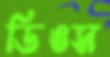
ডিঙস